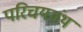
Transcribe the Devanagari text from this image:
परिचयग्रंथ